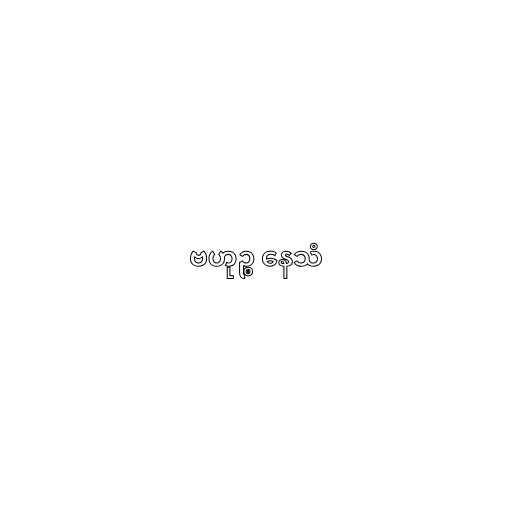
ဗဟုဉ္စ နေသံ